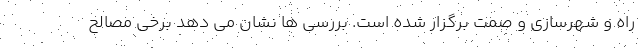
راه و شهرسازی و صمت برگزار شده است. بررسی ها نشان می دهد برخی مصالح